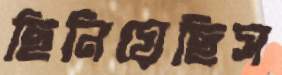
ছিনিয়েছিস